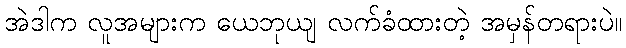
အဲဒါက လူအများက ယေဘုယျ လက်ခံထားတဲ့ အမှန်တရားပဲ။